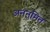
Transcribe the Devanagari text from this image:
अननुमित